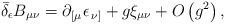
LaTeX: \begin{align*}\bar \delta _\epsilon B_{\mu \nu }=\partial _{\left[ \mu \right.}\epsilon _{\left. \nu \right] }+g\xi _{\mu \nu }+O\left( g^2\right) ,\end{align*}